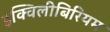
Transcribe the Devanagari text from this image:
इक्विलीबिरियम